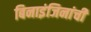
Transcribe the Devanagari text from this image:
बिनाइंजिनांची